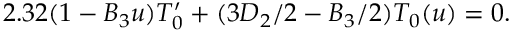
2 . 3 2 ( 1 - B _ { 3 } u ) T _ { 0 } ^ { \prime } + ( 3 D _ { 2 } / 2 - B _ { 3 } / 2 ) T _ { 0 } ( u ) = 0 .